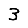
Digit: 3